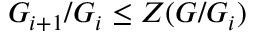
G _ { i + 1 } / G _ { i } \leq Z ( G / G _ { i } )